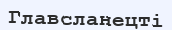
Главсланецті